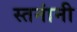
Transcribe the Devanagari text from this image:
स्तनांनी